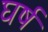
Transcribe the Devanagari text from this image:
घर्ष